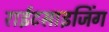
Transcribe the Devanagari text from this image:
राईटसाइजिंग